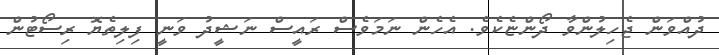
ދުއްވަން ޖެހިލުންވާ ދޯންޏެކެވެ. އެހެން ނަމަވެސް ރައީސް ނަޝީދު ވަނީ ފިލިތެޔޮ ރިސޯޓުން